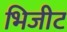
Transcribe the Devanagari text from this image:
भिजीट